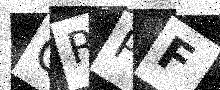
Text: QRPF